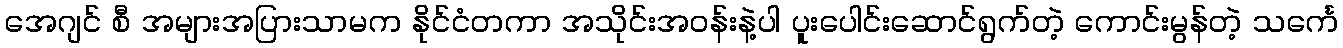
အေဂျင် စီ အများအပြားသာမက နိုင်ငံတကာ အသိုင်းအဝန်းနဲ့ပါ ပူးပေါင်းဆောင်ရွက်တဲ့ ကောင်းမွန်တဲ့ သင်္ကေ